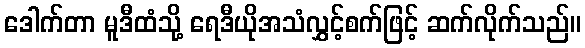
ဒေါက်တာ မူဒီထံသို့ ရေဒီယိုအသံလွှင့်စက်ဖြင့် ဆက်လိုက်သည်။